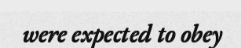
were expected to obey